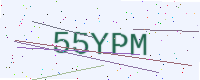
Text: 55YPM